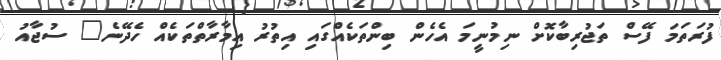
ފުރަތަމަ ފޭސް ތަޖުރިބާކޮށް ނިމުނީމަ އެހެން ބިންތަކެއްގައި އިތުރު އިމާރާތްތަކެއް ހެދޭނެ" ސުޖާއު